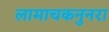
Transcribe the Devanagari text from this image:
लामाचकनुनरा